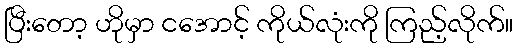
ပြီးတော့ ဟိုမှာ ငအောင့် ကိုယ်လုံးကို ကြည့်လိုက်။